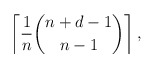
\begin{align*} \left\lceil \frac{1}{n} \binom{n+d-1}{n-1} \right\rceil,\end{align*}